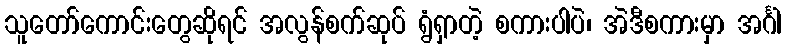
သူတော်ကောင်းတွေဆိုရင် အလွန်စက်ဆုပ် ရွံရှာတဲ့ စကားပါပဲ၊ အဲဒီစကားမှာ အင်္ဂါ